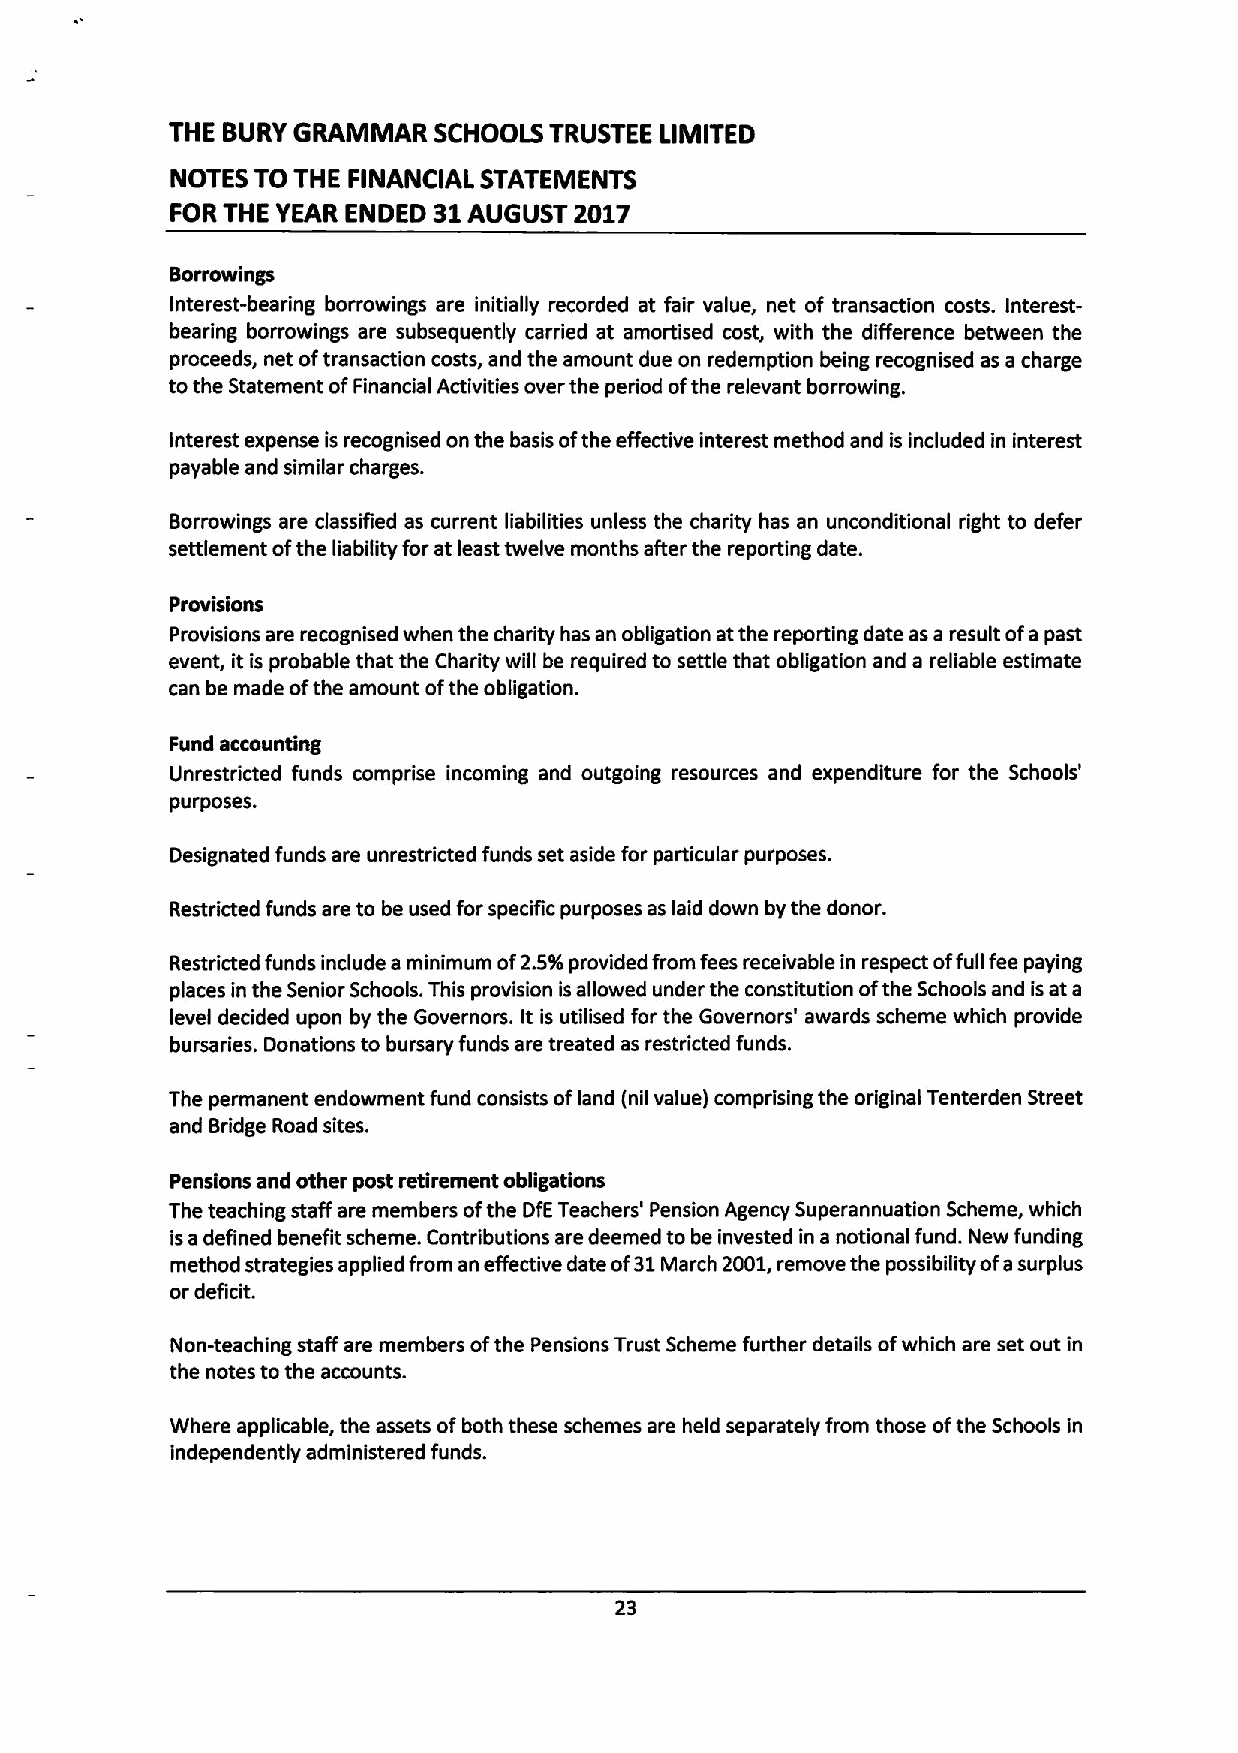
THE BURYGRAMMAR   SCHOOLS TRUSTEE LIMITED
 NOTES TO THE FINANCIAL STATEMENTS
 FOR THE YEAR ENDED 31 AUGUST 2017
 Borrowings
 Interest-bearing borrowings are initially recorded at fair value, net of transaction costs. Interest-
 bearing borrowlngs are subsequently carried at amortised cost, with the difference between the
 proceeds, net oftransaction costs, and the amount due on redemption being recognised as a charge
 tothe Statement ofFinancial Activities over the period ofthe relevant borrowing.
 Interest expense is recognised on the basis ofthe effective interest method and is included in interest
 payable and similar charges.
 Borrowings are classified as current liabilities unless the charity has an unconditional right to defer
 settlement ofthe liability for at least twelve months after the reporting date.
 Provisions
 Provisions are recognised when the charity has an obligation atthe reporting date as a result ofa past
 event, it is probable that the Charity will be required to settle that obligation and a reliable estimate
 can be made ofthe amount ofthe obligation.
 Fund accounting
 Unrestricted funds comprise incoming and outgoing resources and expenditure for the Schools'
 purposes.
 Designated funds are unrestricted funds set aside for particular purposes.
 Restricted funds are to be used for specific purposes as laid down by the donor.
 Restricted funds include a minimum of2.5%provided from fees receivable in respect offull fee paying
 places in the Senior Schools. This provision isallowed under the constitution ofthe Schools and isat a
 level decided upon by the Governors. It is utilised for the Governors' awards scheme which provide
 bursaries. Donations to bursary funds are treated as restricted funds.
 The permanent endowment fund consists ofland (nil value) comprising the original Tenterden Street
 and Bridge Road sites.
 Pensions and other post retirement obligations
 The teaching staff are members ofthe DfETeachers' Pension Agency Superannuation Scheme, which
 isadefined benefit scheme. Contributions are deemed to be invested in a notional fund. New funding
 method strategies applied from an effective date of31March 2001,remove the possibility ofasurplus
 or deficit.
 Non-teaching staff are members ofthe Pensions Trust Scheme further details ofwhich are set out in
 the notes tothe accounts.
 Where applicable, the assets ofboth these schemes are held separately from those ofthe Schools in
 independently administered funds.
 23